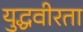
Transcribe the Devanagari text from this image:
युद्धवीरता